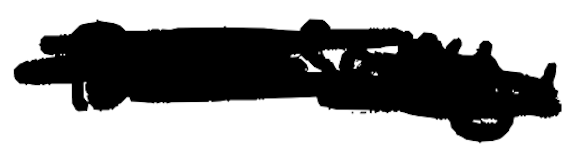
Text: Dunsany,
Cross-out: scratch
Writing tool: digital_black